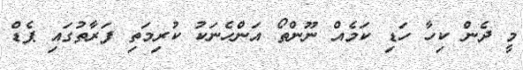
މީ ދެން ކިހާ ހަޑި ކަމެއް ނޫންތޯ އަންހެނަކު ކުރިމަތި ފަރާތުގައި ޕެޑް